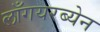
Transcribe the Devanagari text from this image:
लाँगयरब्येन